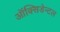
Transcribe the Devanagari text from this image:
ऑक्सिडेन्टल